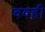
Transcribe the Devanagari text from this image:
ववही